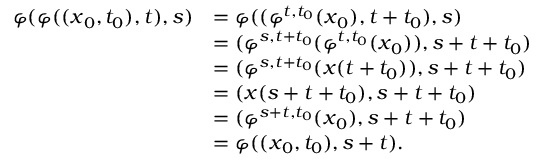
{ \begin{array} { r l } { \varphi ( \varphi ( ( { \boldsymbol { x } } _ { 0 } , t _ { 0 } ) , t ) , s ) } & { = \varphi ( ( \varphi ^ { t , t _ { 0 } } ( { \boldsymbol { x } } _ { 0 } ) , t + t _ { 0 } ) , s ) } \\ & { = ( \varphi ^ { s , t + t _ { 0 } } ( \varphi ^ { t , t _ { 0 } } ( { \boldsymbol { x } } _ { 0 } ) ) , s + t + t _ { 0 } ) } \\ & { = ( \varphi ^ { s , t + t _ { 0 } } ( { \boldsymbol { x } } ( t + t _ { 0 } ) ) , s + t + t _ { 0 } ) } \\ & { = ( { \boldsymbol { x } } ( s + t + t _ { 0 } ) , s + t + t _ { 0 } ) } \\ & { = ( \varphi ^ { s + t , t _ { 0 } } ( { \boldsymbol { x } } _ { 0 } ) , s + t + t _ { 0 } ) } \\ & { = \varphi ( ( { \boldsymbol { x } } _ { 0 } , t _ { 0 } ) , s + t ) . } \end{array} }